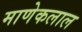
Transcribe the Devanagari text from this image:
माणेकलाल